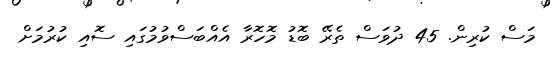
މަސް ކުރިން. 45 ދުވަސް ތެރޭ ބޮޑު މޮހޮރާ އެއްބަސްވުމުގައި ސޮއި ކުރުމަށް